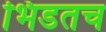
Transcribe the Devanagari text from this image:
भिडतच